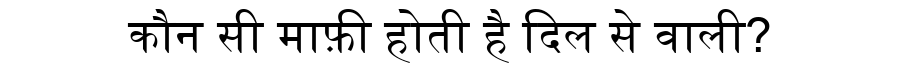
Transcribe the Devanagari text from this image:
कौन सी माफ़ी होती है दिल से वाली?